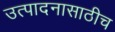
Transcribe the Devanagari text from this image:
उत्पादनासाठीच